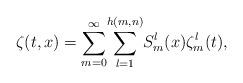
LaTeX: \begin{align*} {\zeta(t,x)}={\sum_{m=0}^{\infty}} {\sum_{l=1}^{h(m,n)}} S_m^l (x)\zeta_{m}^l(t),\end{align*}